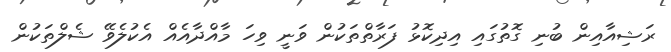
ރަޝިއާއިން ބުނި ގޮތުގައި އިދިކޮޅު ފަރާތްތަކުން ވަނީ ވިހަ މާއްދާއެއް އެކުލެވޭ ޝެލްތަކުން